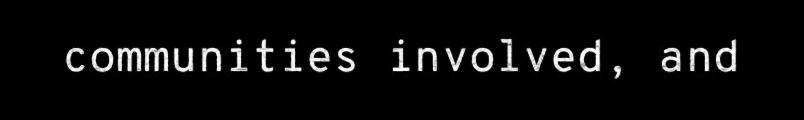
communities involved, and